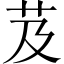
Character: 芨